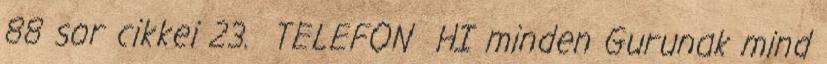
88 sor cikkei 23. TELEFON HI minden Gurunak mind